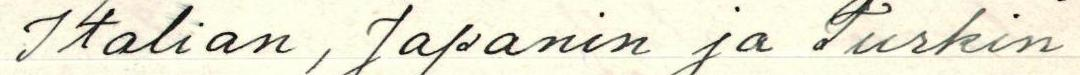
Italian, Japanin ja Turkin